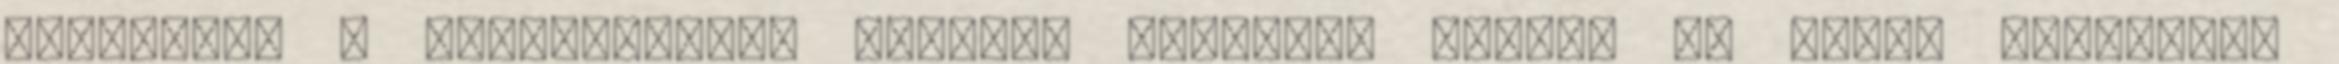
történnek a bolygótikon, amelyek lehetővé teszik az egész emberiség